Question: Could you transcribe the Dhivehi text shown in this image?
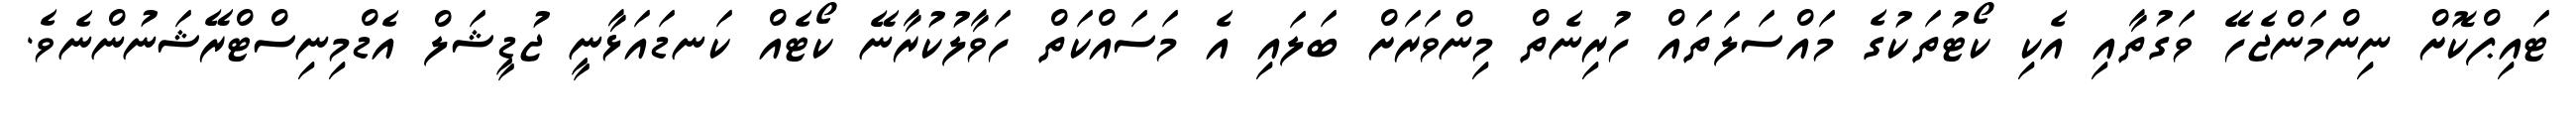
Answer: ޓައިޕްކޮށް ނިންމަންޖެހޭ ވަގުތާއި އެކި ކޯޓުތަކުގެ މައްސަލަތައް ހުރިނެތް މިންވަރަށް ބަލައި އެ މަސައްކަތް ހަވާލުކުރާނޭ ކޯޓެއް ކަނޑައަޅާނީ ޖުޑީޝަލް އެޑްމިނިސްޓްރޭޝަނުންނެވެ.